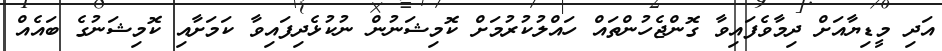
އަދި މީޑިޔާއަށް ދިމާވެފައިވާ ގޮންޖެހުންތައް ހައްލުކުރުމަށް ކޮމިޝަނުން ނުކުޅެދިފައިވާ ކަމަށާއި ކޮމިޝަނުގެ ބައެއް